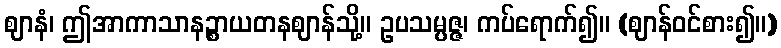
ဈာနံ၊ ဤအာကာသာနဉ္စာယတနဈာန်သို့။ ဥပသမ္ပဇ္ဇ၊ ကပ်ရောက်၍။ (ဈာန်ဝင်စား၍။)